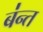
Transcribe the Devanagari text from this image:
ब॑न्त